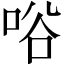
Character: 唂